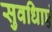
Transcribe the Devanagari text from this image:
सुवधिाएं